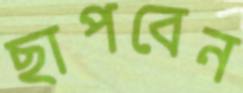
ছাপবেন